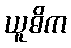
ယူဓိက